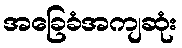
အခြေခံအကျဆုံး